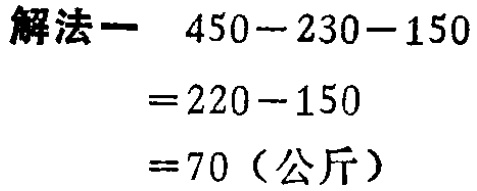
解法一 \(450 - 230 - 150\)

\(= 220 - 150\)

\(= 70\)（公斤）